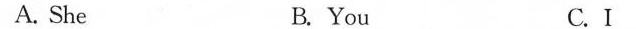
A. She B. You C.I